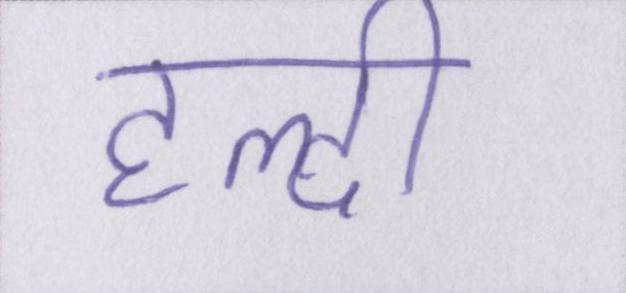
हल्दी